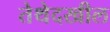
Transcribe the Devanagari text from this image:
तेथेदखील